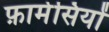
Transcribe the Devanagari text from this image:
फ़ार्मेसियों